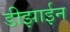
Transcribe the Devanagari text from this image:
डीझाईन